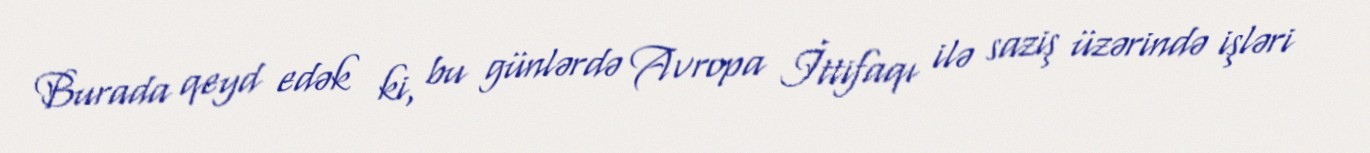
Burada qeyd edək ki, bu günlərdə Avropa İttifaqı ilə saziş üzərində işləri